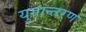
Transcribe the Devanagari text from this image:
युगान्तरण